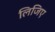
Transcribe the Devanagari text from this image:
लिजिए